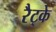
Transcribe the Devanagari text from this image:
रैट्के